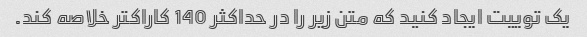
یک توییت ایجاد کنید که متن زیر را در حداکثر 140 کاراکتر خلاصه کند.